Laidoner,_Johan, lk 96
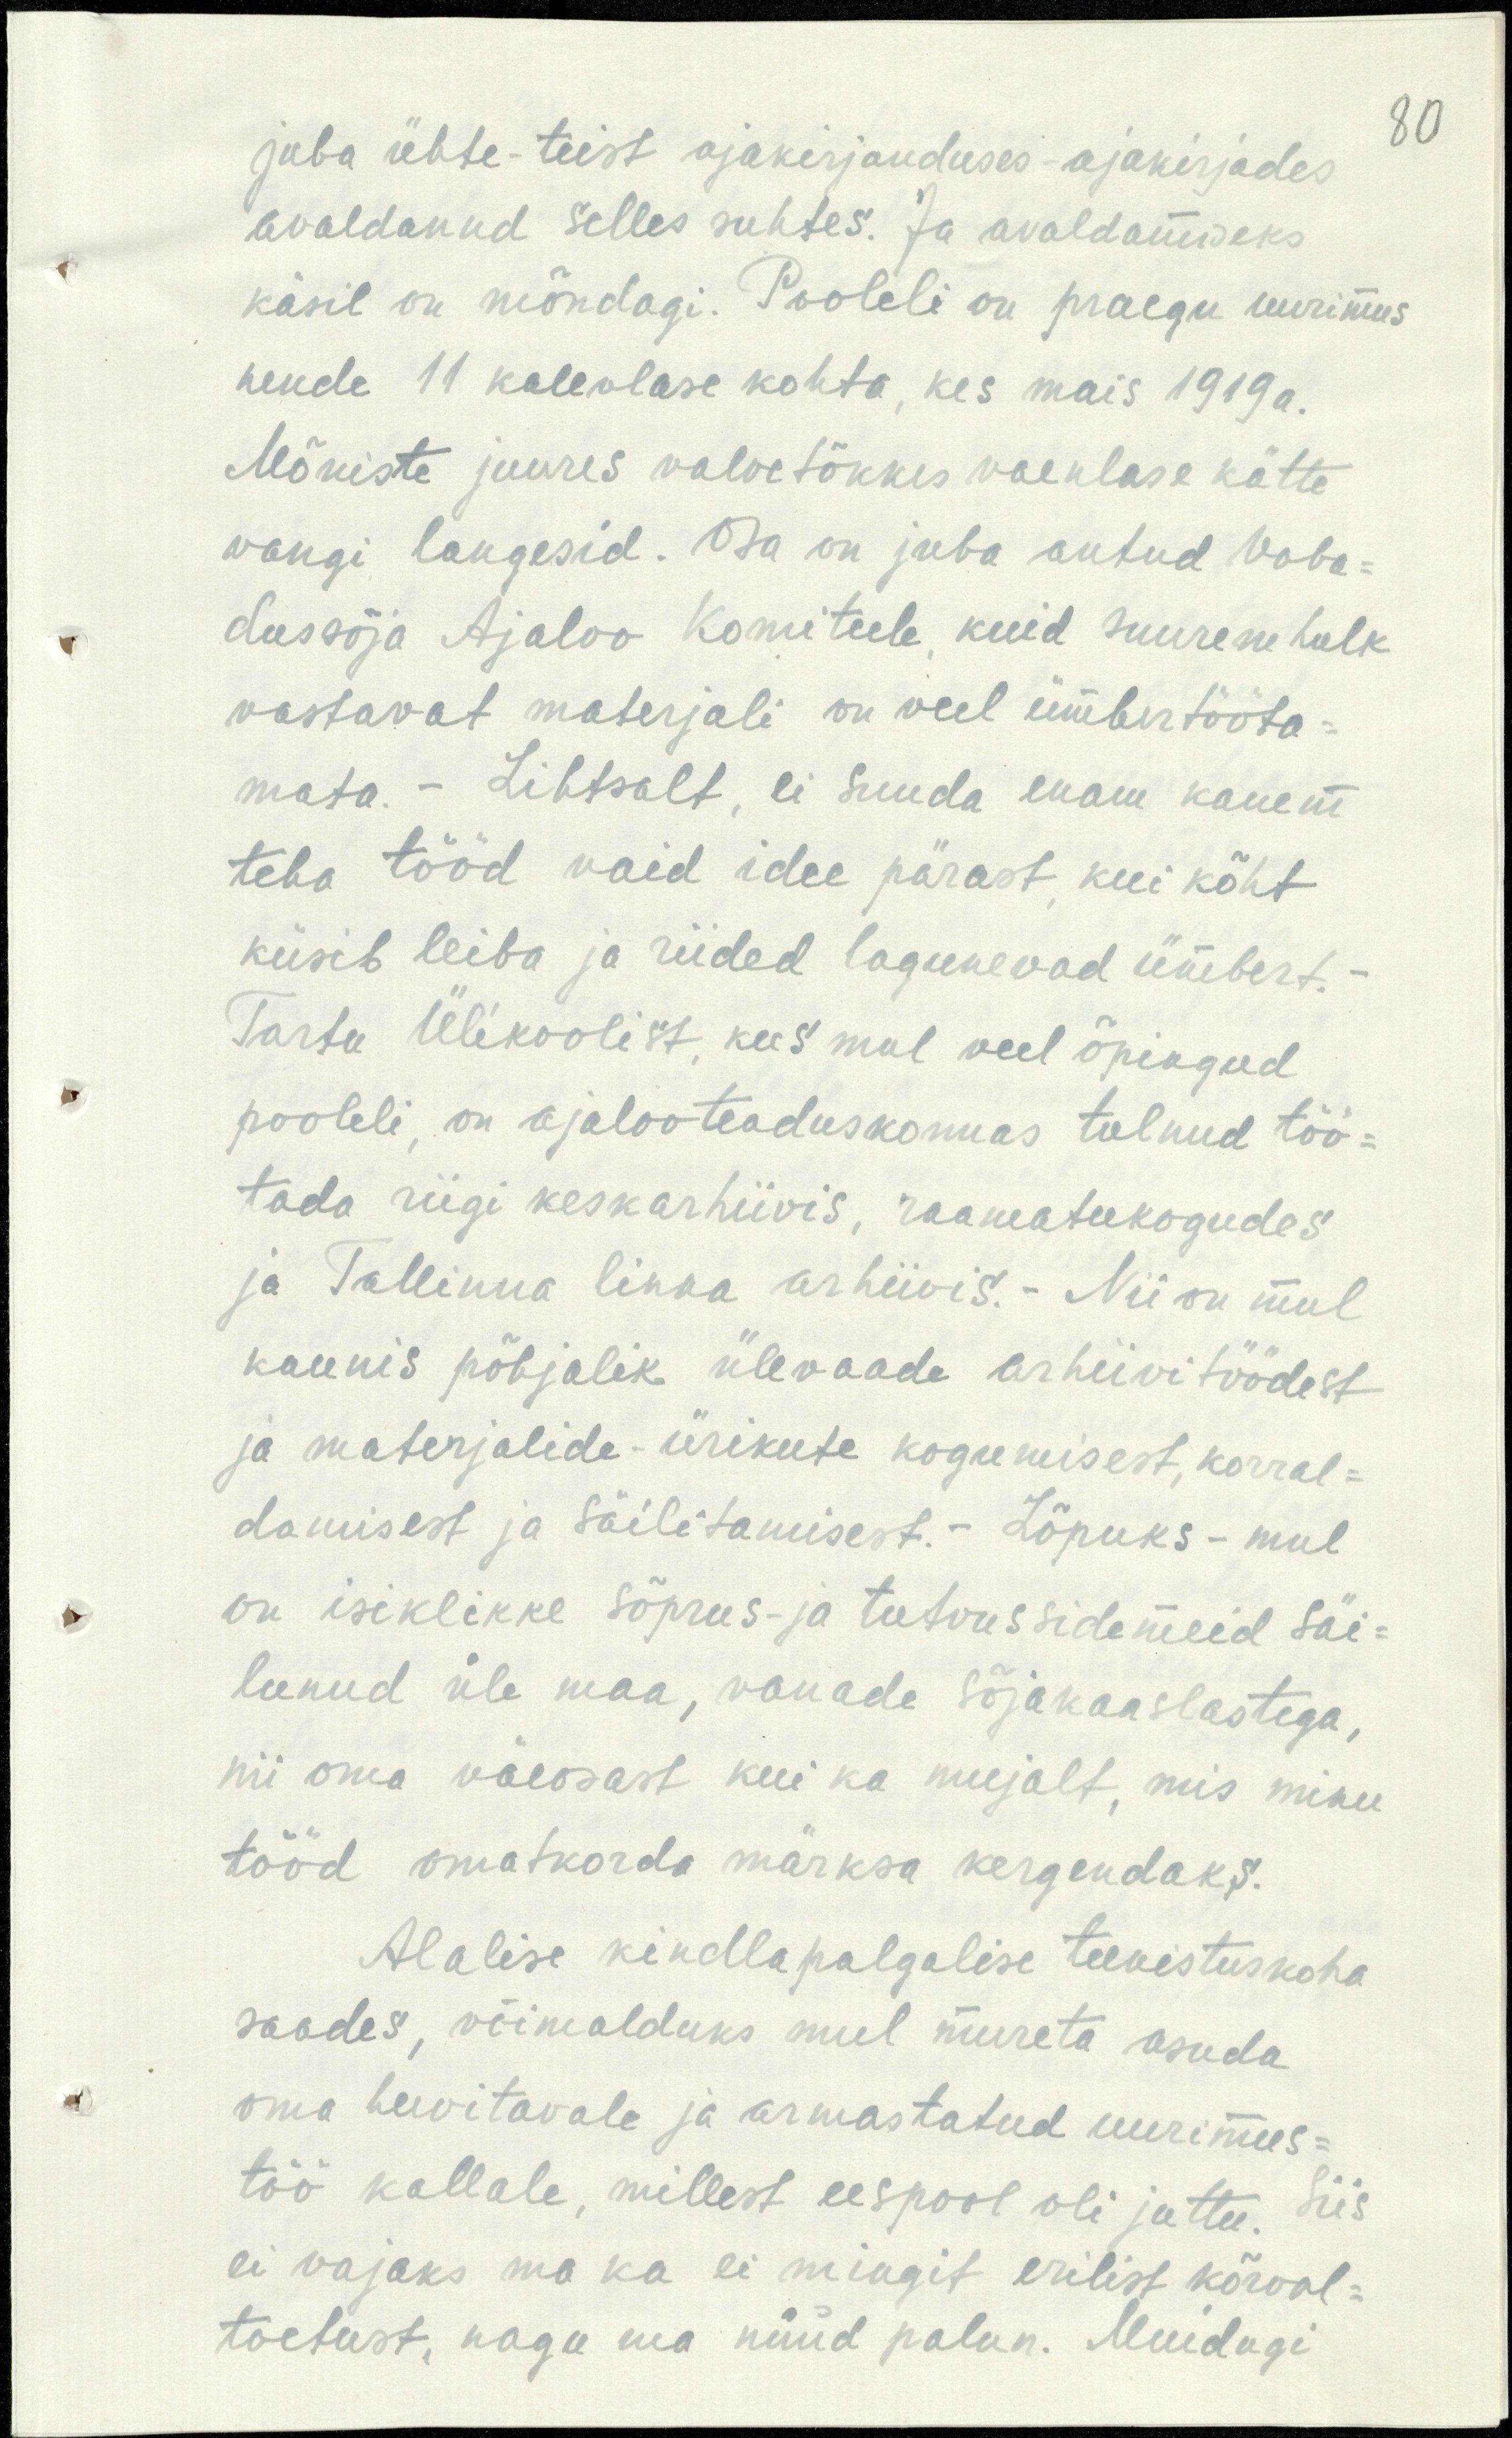
80

juba ühte-teist ajakirjanduses-ajakirjades
avaldanud selles suhtes. Ja avaldamiseks
käsil on mõndagi. Pooleli on praegu uurimus
nende 11 kalevlase kohta, kes mais 1919 a.
Mõniste juures valvetõkkes vaenlase kätte,
vangi langesid. Osa on juba antud Vaba-
dussõja Ajaloo Komiteele, kuid suurem hulk
vastavat materjali on veel ümbertööta-
mata. - Lihtsalt, ei suuda enam kauem
teha tööd vaid idee pärast, kui kõht
küsib leiba ja riided lagunevad ümbert.-
Tartu Ülikoolist, kus mul veel õpingud
pooleli, on ajalooteaduskonnas tulnud töö-
tada riigi keskarhiivis, raamatukogudes
ja Tallinna linna arhiivis.- Nii on mul
kaunis põhjalik ülevaade arhiivitöödest
ja materjalide-ürikute kogumisest, korral-
damisest ja säilitamisest.- Lõpuks - mul
on isiklikke sõprus- ja tutvussidemeid säi-
lunud üle maa, vanade sõjakaaslastega,
nii oma väeosast kui ka mujalt, mis minu
tööd omatkorda märksa kergendaks.
Alalise kindlapalgalise teenistuskoha
saades, võimalduks mul mureta asuda
oma huvitavale ja armastatud uurimus-
töö kallale, millest eespool oli juttu. Siis
ei vajaks ma ka ei mingit erilist kõrval-
toetust, nagu ma nüüd palun. Muidugi